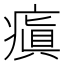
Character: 瘨